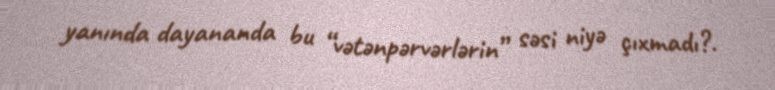
yanında dayananda bu “vətənpərvərlərin” səsi niyə çıxmadı?.